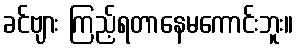
ခင်ဗျား ကြည့်ရတာနေမကောင်းဘူး။